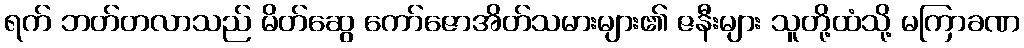
ရက် ဘတ်တလာသည် မိတ်ဆွေ ကော်ဇောအိတ်သမားများ၏ ဇနီးများ သူတို့ထံသို့ မကြာခဏ